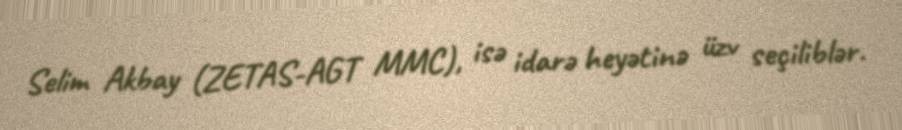
Selim Akbay (ZETAS-AGT MMC), isə idarə heyətinə üzv seçiliblər.